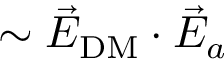
\sim \vec { E } _ { \mathrm { D M } } \cdot \vec { E } _ { a }